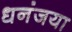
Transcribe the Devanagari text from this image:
धनंजया